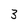
Character: 3